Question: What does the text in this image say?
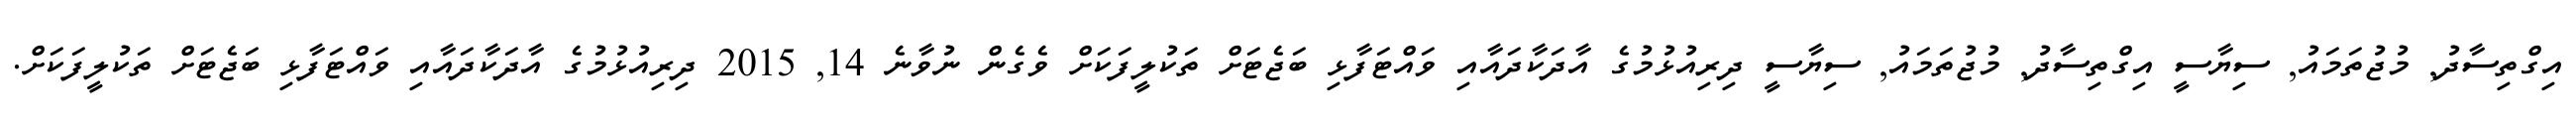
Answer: އިގްތިސާދު, މުޖުތަމައު, ސިޔާސީ އިގްތިސާދު, މުޖުތަމައު, ސިޔާސީ ދިރިއުޅުމުގެ އާދަކާދައާއި ވައްޓަފާޅި ބަޖެޓަށް ތަކުލީފަކަށް ވެގެން ނުވާނެ 14, 2015 ދިރިއުޅުމުގެ އާދަކާދައާއި ވައްޓަފާޅި ބަޖެޓަށް ތަކުލީފަކަށް.